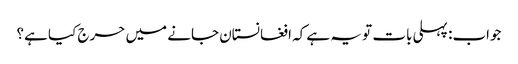
جواب: پہلی بات تو یہ ہے کہ افغانستان جانے میں حرج کیا ہے؟